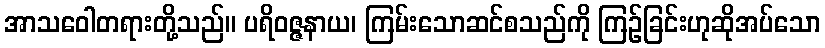
အာသဝေါတရားတို့သည်။ ပရိဝဇ္ဇနာယ၊ ကြမ်းသောဆင်စသည်ကို ကြဉ်ခြင်းဟုဆိုအပ်သော